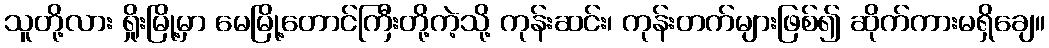
သူတို့လား ရှိုးမြို့မှာ မေမြို့တောင်ကြီးတို့ကဲ့သို့ ကုန်းဆင်း၊ ကုန်းတက်များဖြစ်၍ ဆိုက်ကားမရှိချေ။